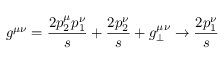
g ^ { \mu \nu } = \frac { 2 p _ { 2 } ^ { \mu } p _ { 1 } ^ { \nu } } { s } + \frac { 2 p _ { 2 } ^ { \nu } } { s } + g _ { \perp } ^ { \mu \nu } \rightarrow \frac { 2 p _ { 1 } ^ { \nu } } { s } ~